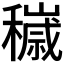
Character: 𱶧